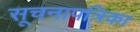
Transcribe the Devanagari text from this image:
सूचनापत्रिका